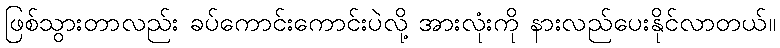
ဖြစ်သွားတာလည်း ခပ်ကောင်းကောင်းပဲလို့ အားလုံးကို နားလည်ပေးနိုင်လာတယ်။